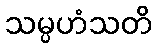
သမ္ပဟံသတိ